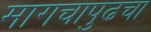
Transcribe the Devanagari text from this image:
मागचापुढचा